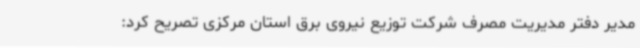
مدیر دفتر مدیریت مصرف شرکت توزیع نیروی برق استان مرکزی تصریح کرد: